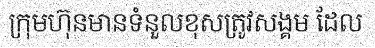
ក្រុមហ៊ុនមានទំនួលខុសត្រូវសង្គម ដែល